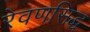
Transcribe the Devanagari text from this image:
रेवणसिद्ध